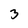
Character: 3